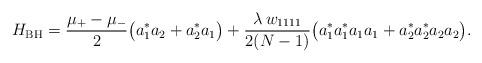
LaTeX: \begin{align*} H_\mathrm{BH}=\frac{\mu_+-\mu_-}{2}\big(a^*_1a_2+a^*_2a_1\big)+\frac{\lambda\, w_{1111}}{2(N-1)}\big(a^*_1 a^*_1 a_1a_1+a^*_2 a^*_2 a_2a_2\big).\end{align*}